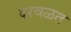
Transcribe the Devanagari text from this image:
दरवळत